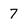
Character: 7